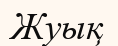
Жуық